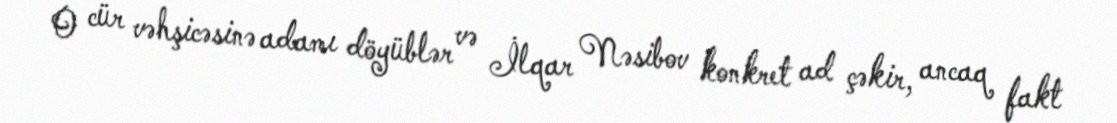
O cür vəhşicəsinə adamı döyüblər və İlqar Nəsibov konkret ad çəkir, ancaq fakt